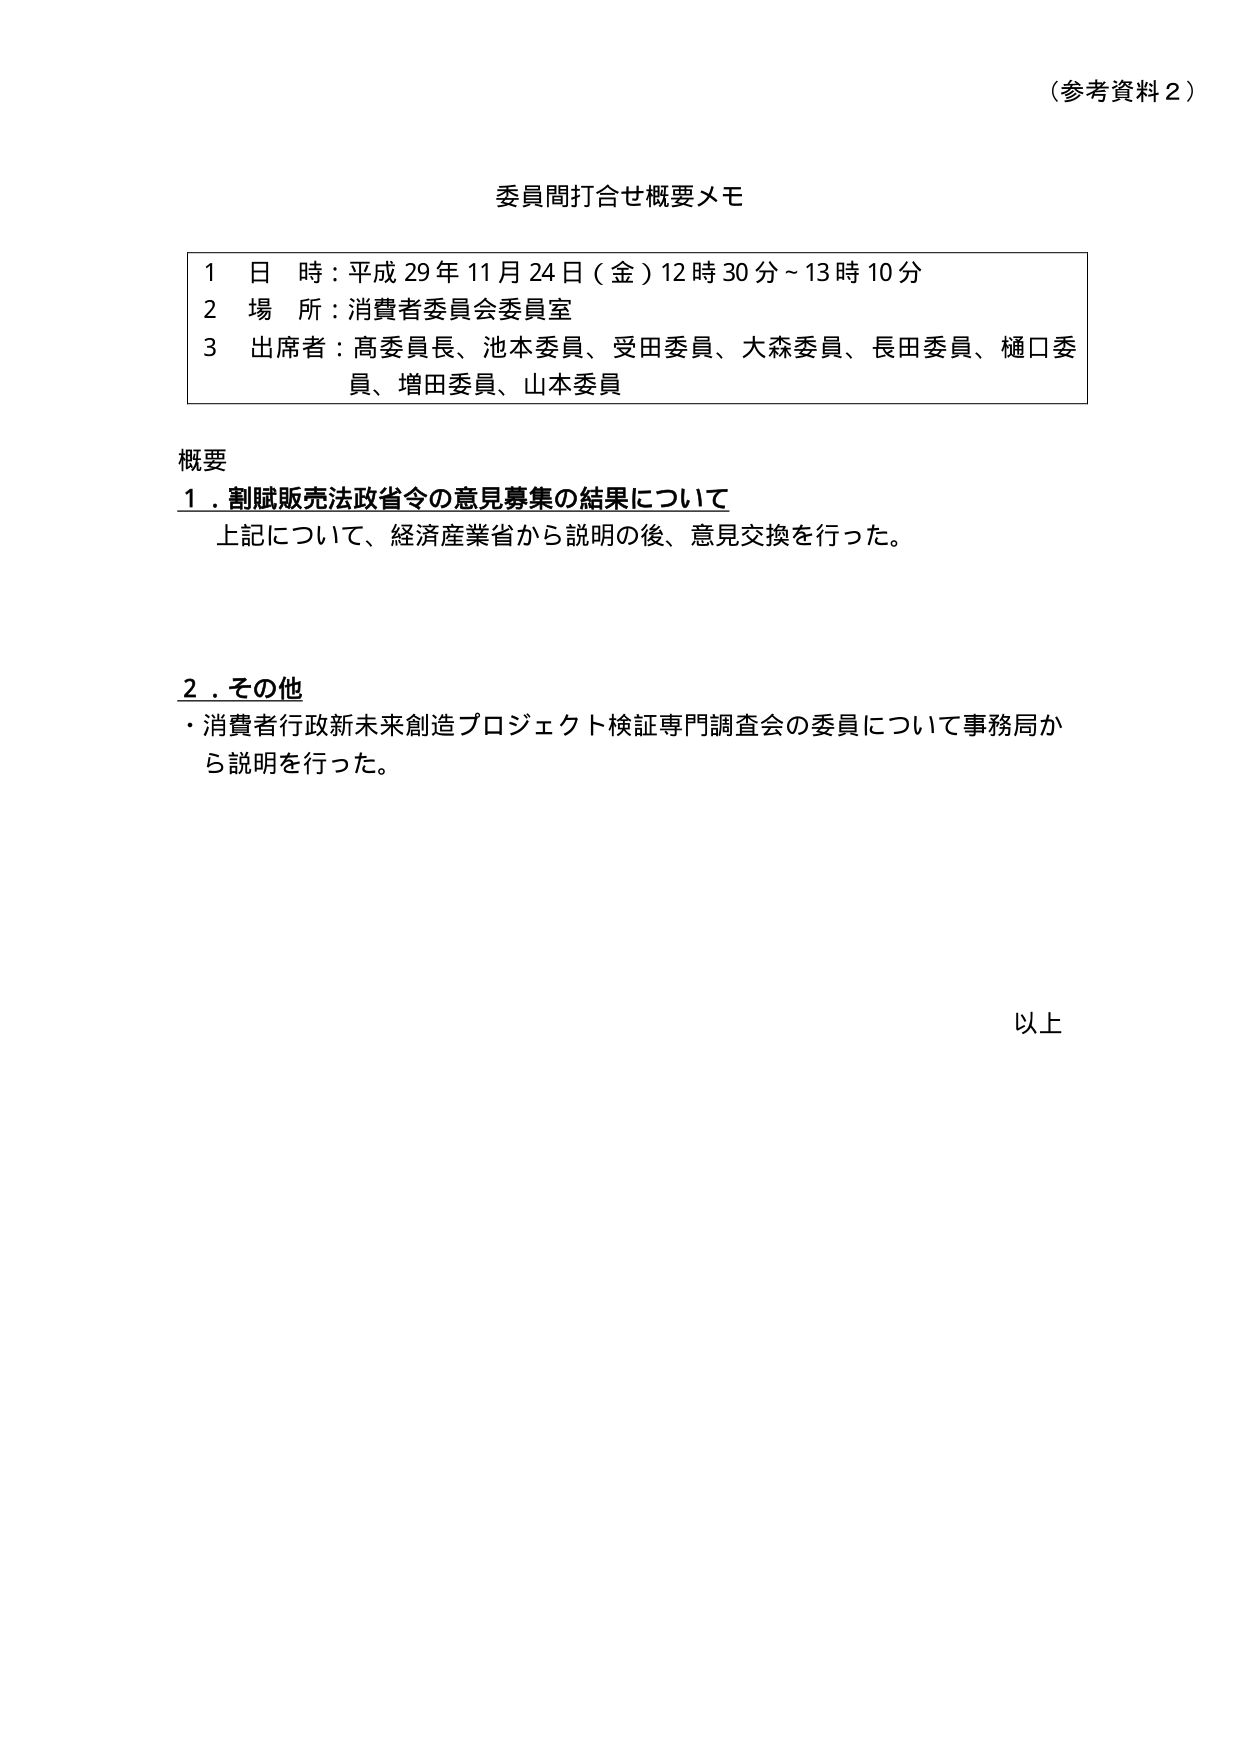
（参考資料２）

委員間打合せ概要メモ

１　日　時：平成29年11月24日（金）12時30分～13時10分
２　場　所：消費者委員会委員室
３　出席者：高委員長、池本委員、受田委員、大森委員、長田委員、樋口委員、増田委員、山本委員

概要
１．割賦販売法政省令の意見募集の結果について
　　上記について、経済産業省から説明の後、意見交換を行った。

２．その他
　・消費者行政新未来創造プロジェクト検証専門調査会の委員について事務局から説明を行った。

以上